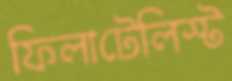
ফিলাটেলিস্ট